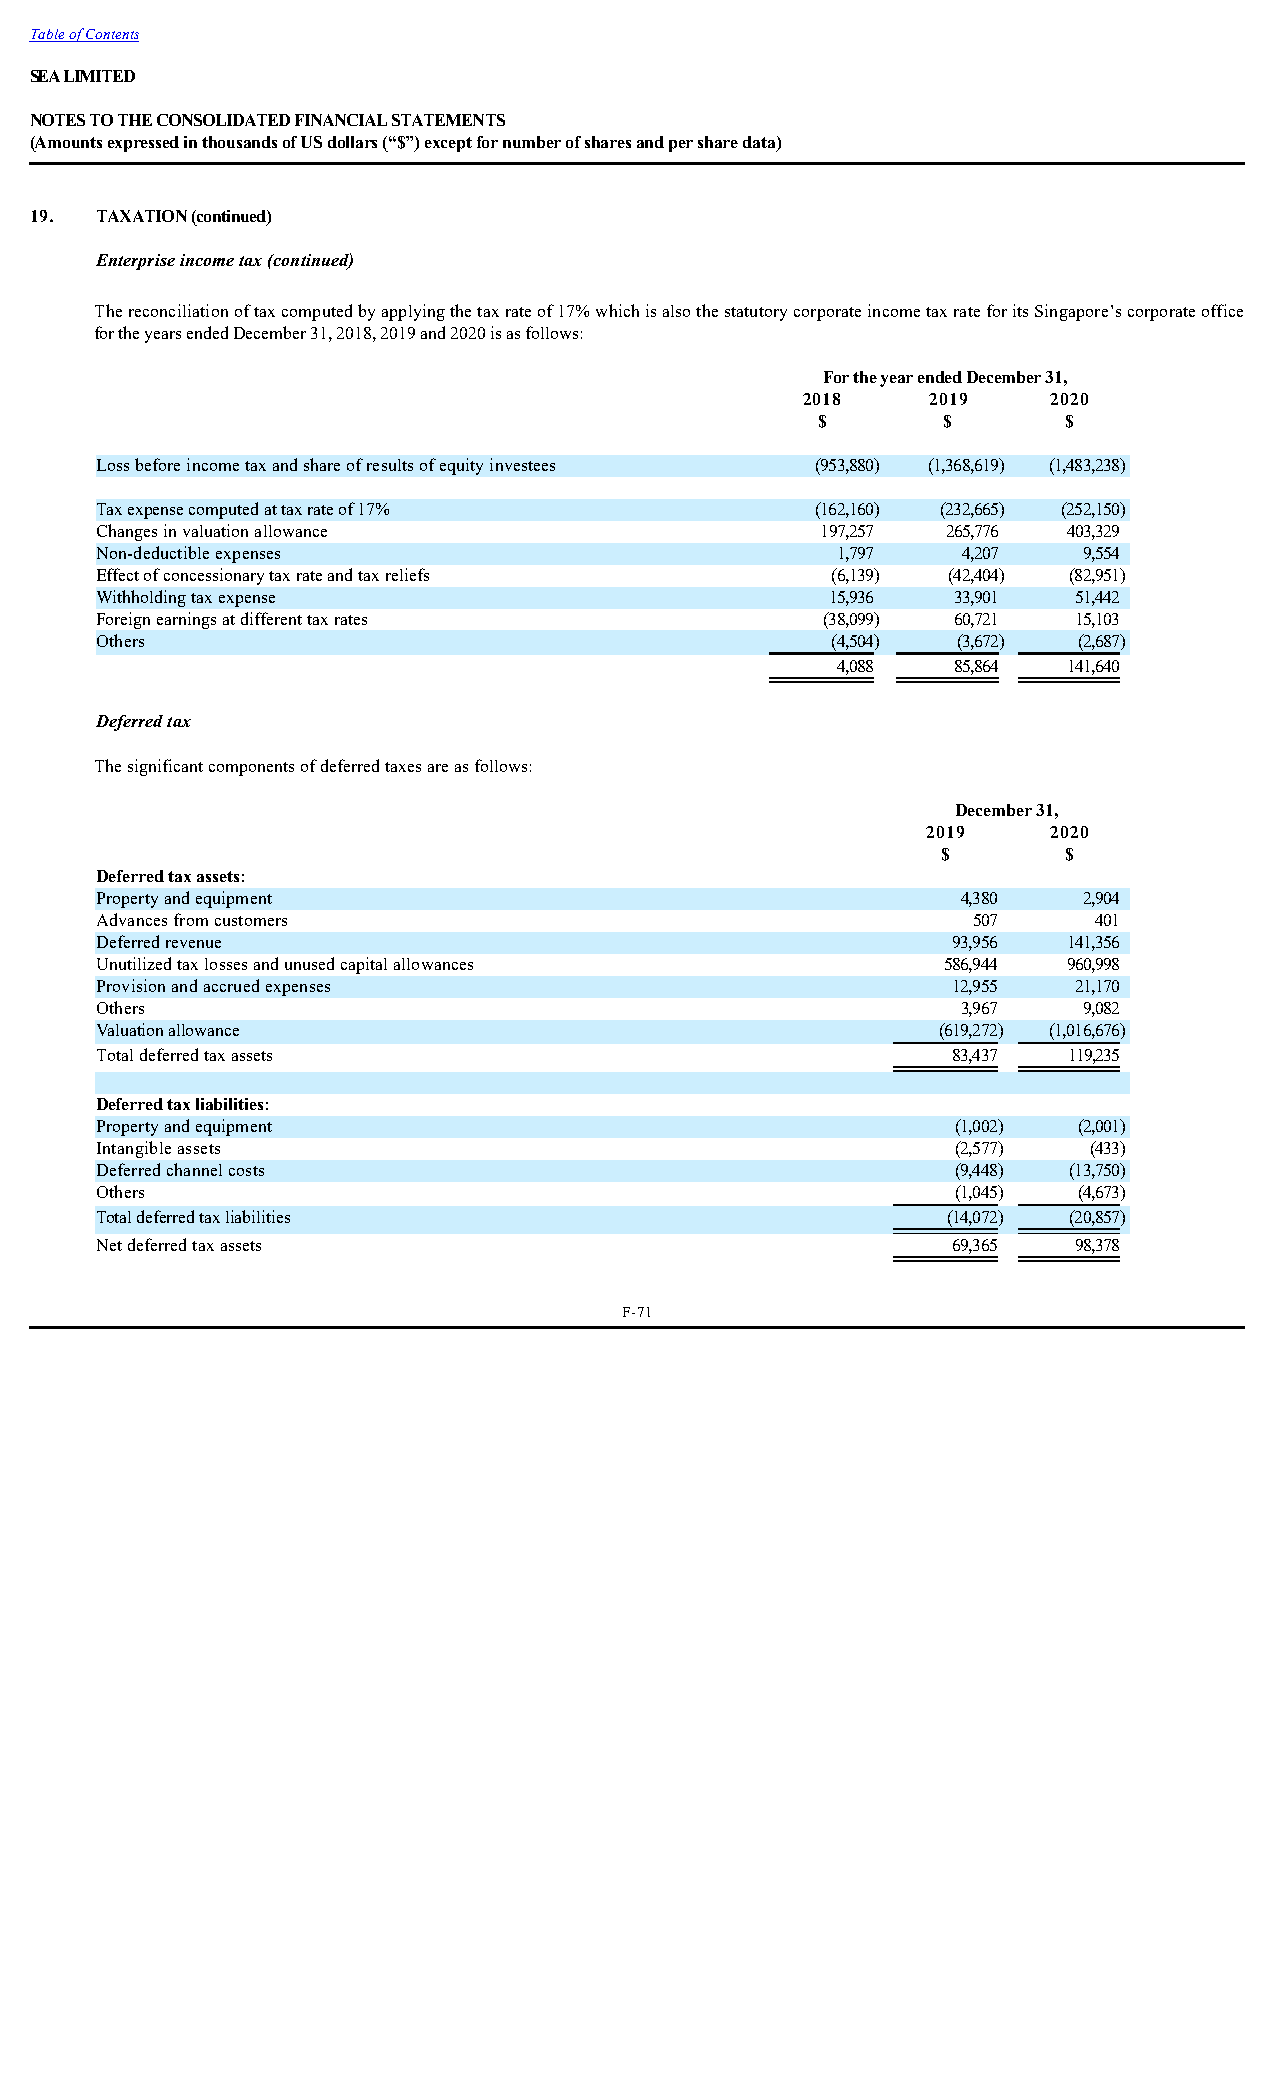
Table of Contents
 SEA LIMITED
 NOTES TO THE CONSOLIDATED FINANCIAL STATEMENTS
 (Amounts expressed in thousands of US dollars (“$”) except for number of shares and per share data)
 19. TAXATION (continued)
 Enterprise income tax (continued)
 The reconciliation of tax computed by applying the tax rate of 17% which is also the statutory corporate income tax rate for its Singapore’s corporate office
 for the years ended December 31, 2018, 2019 and 2020 is as follows:
 For the year ended December 31,
 2018     2019    2020
 $       $        $
 Loss before income tax and share of results of equity investees (953,880) (1,368,619) (1,483,238)
 Tax expense computed at tax rate of 17%         (162,160) (232,665) (252,150)
 Changes in valuation allowance                  197,257  265,776 403,329
 Non-deductible expenses                          1,797    4,207   9,554
 Effect of concessionary tax rate and tax reliefs (6,139) (42,404) (82,951)
 Withholding tax expense                          15,936  33,901  51,442
 Foreign earnings at different tax rates         (38,099) 60,721  15,103
 Others                                           (4,504) (3,672) (2,687)
 4,088   85,864  141,640
 Deferred tax
 The significant components of deferred taxes are as follows:
 December 31,
 2019     2020
 $        $
 Deferred tax assets:
 Property and equipment                                    4,380   2,904
 Advances from customers                                   507      401
 Deferred revenue                                         93,956  141,356
 Unutilized tax losses and unused capital allowances      586,944 960,998
 Provision and accrued expenses                           12,955  21,170
 Others                                                    3,967   9,082
 Valuation allowance                                     (619,272) (1,016,676)
 Total deferred tax assets                                83,437  119,235
 Deferred tax liabilities:
 Property and equipment                                   (1,002) (2,001)
 Intangible assets                                        (2,577)  (433)
 Deferred channel costs                                   (9,448) (13,750)
 Others                                                   (1,045) (4,673)
 Total deferred tax liabilities                           (14,072) (20,857)
 Net deferred tax assets                                  69,365  98,378
 F-71